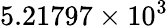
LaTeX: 5.21797\times 10^{3}